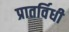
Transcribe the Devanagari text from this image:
प्रातर्विधी